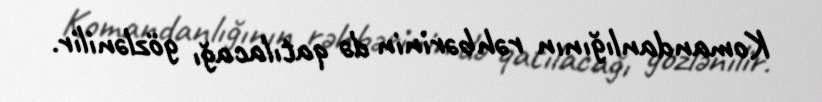
Komandanlığının rəhbərinin də qatılacağı gözlənilir.